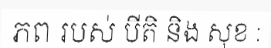
ភព របស់ បីតិ និង សុខ :